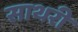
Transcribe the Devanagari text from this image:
साथरी